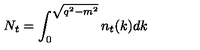
N _ { t } = \int _ { 0 } ^ { \sqrt { q ^ { 2 } - m ^ { 2 } } } n _ { t } ( k ) d k